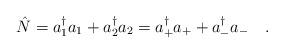
LaTeX: \begin{align*}\hat{N}=a_1^\dagger a_1+a_2^\dagger a_2=a_+^\dagger a_++a_-^\dagger a_-\ \ \ .\end{align*}